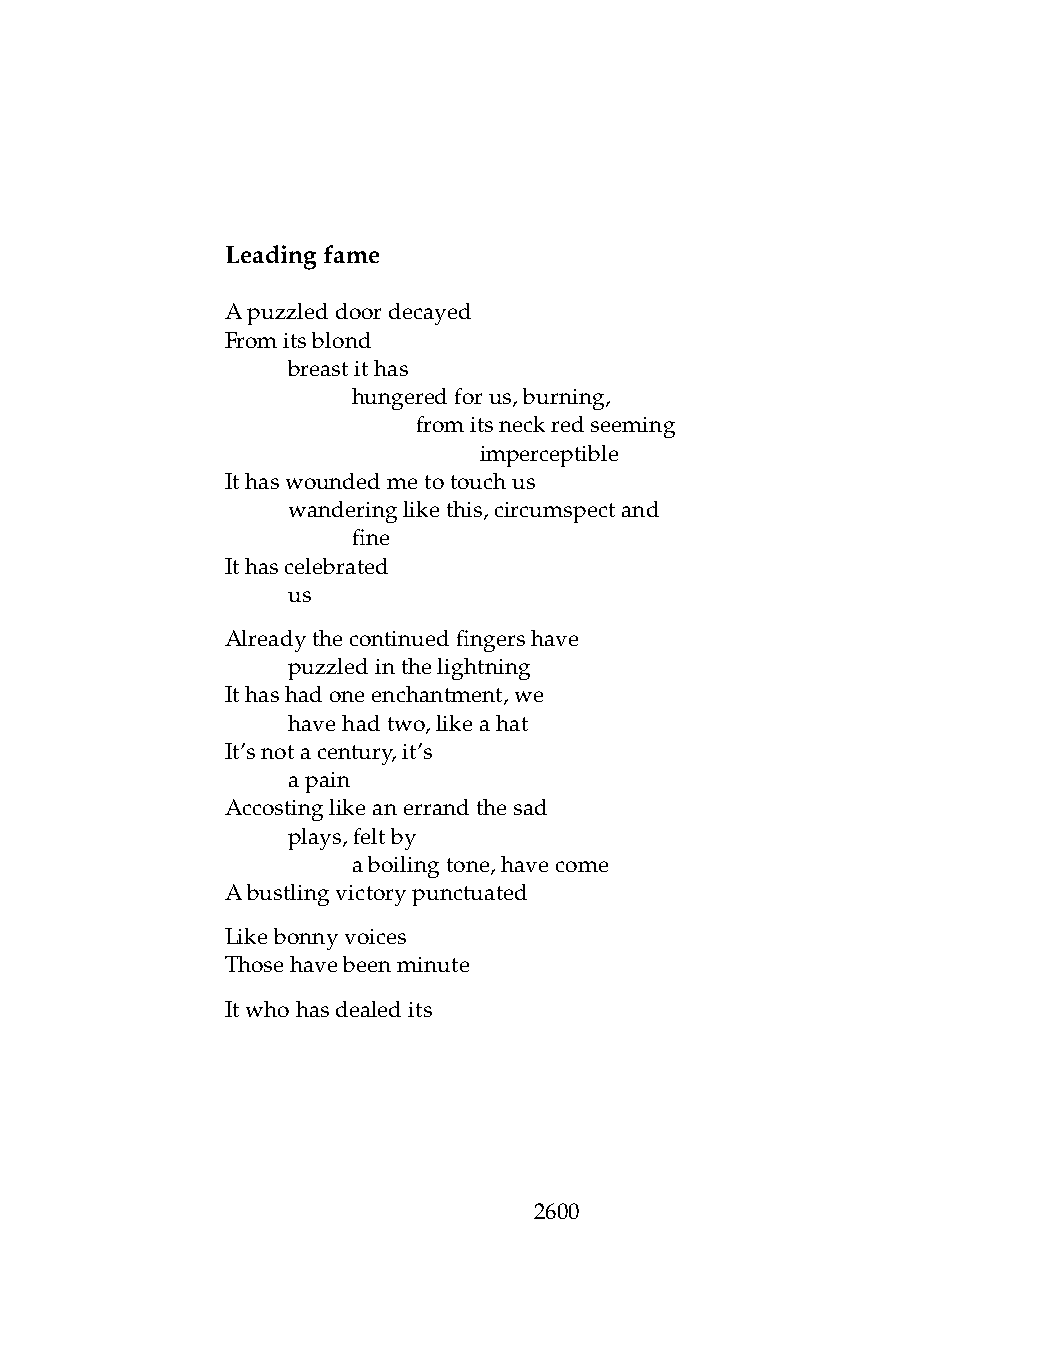
Leadingfame
 Apuzzleddoordecayed
 Fromitsblond
 .   breastithas
 .   .   hungeredforus,burning,
 .   .   .    fromitsneckredseeming
 .   .   .    .   imperceptible
 Ithaswoundedmetotouchus
 .   wanderinglikethis,circumspectand
 .   .   fine
 Ithascelebrated
 .   us
 Alreadythecontinuedfingershave
 .   puzzledinthelightning
 Ithashadoneenchantment,we
 .   havehadtwo,likeahat
 It’snotacentury,it’s
 .   apain
 Accostinglikeanerrandthesad
 .   plays,feltby
 .   .   aboilingtone,havecome
 Abustlingvictorypunctuated
 Likebonnyvoices
 Thosehavebeenminute
 Itwhohasdealedits
 2600